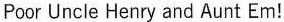
Poor Uncle Henry and Aunt Em!